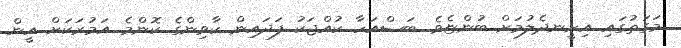
މަގަތުގައި އިށީނދެލުމަށް ބުންޏެވެ. ބަސްއަހާ ކުއްޖަކު ފަދައިން ކާވިންގެ ކޮންމެ އަމުރަކަށް އީން